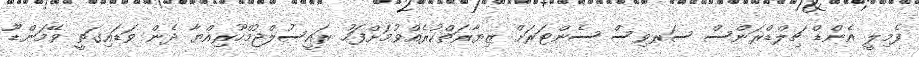
ފެމިލީ އެންޑް ޗިލްޑްރަންސް ސަރވިސް ސެންޓަރަށް ޒިޔާރަތްކުރެއްވުމަށްފަހު ރައީސުލްޖުމްހޫރިއްޔާ ދެން ވަޑައިގަތީ ވޭމަންޑޫ